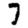
Digit: 7